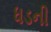
ધડની